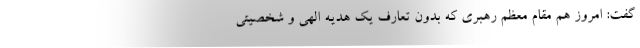
گفت: امروز هم مقام معظم رهبری که بدون تعارف یک هدیه الهی و شخصیتی